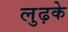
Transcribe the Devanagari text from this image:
लुढ़के